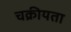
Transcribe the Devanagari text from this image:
चक्रीयता